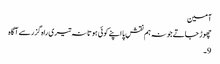
آمین
چھوڑ جاتے جو نہ ہم نقشِ پا اپنے کوئی ہوتا نہ تیری راہ گزر سے آگاہ
9۔